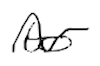
Text: to
Cross-out: wave
Writing tool: digital_black